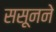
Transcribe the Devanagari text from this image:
ससूनने